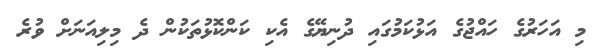
މި އަހަރުގެ ހައްޖުގެ އަޅުކަމުގައި ދުނިޔޭގެ އެކި ކަންކޮޅުތަކުން ދެ މިލިއަނަށް ވުރެ